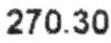
270.30